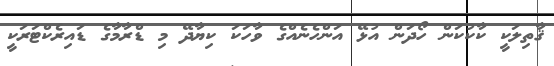
ޤާތިލަކީ ކާކުކަން ހޯދަން އުޅޭ އަންހެނެއްގެ ވާހަކަ ކިޔާދޭ މި ޑްރާމާގެ ޑައިރެކްޓަރަކީ